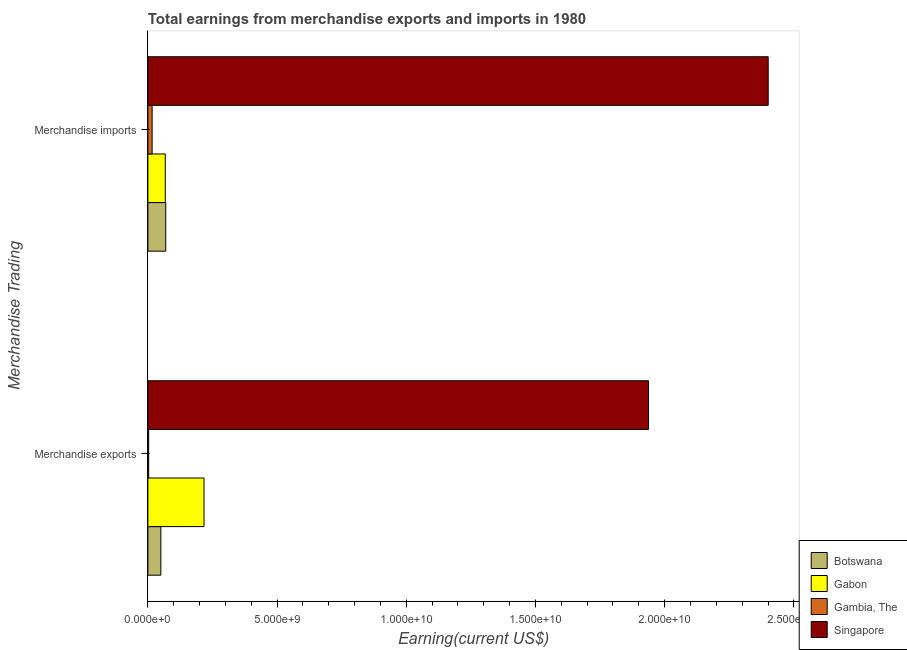
| Merchandise Trading | Botswana | Gabon | Gambia, The | Singapore |
 | --- | --- | --- | --- | --- |
 | Merchandise exports | 5.02e+08 | 2.17e+09 | 3.1e+07 | 1.94e+10 |
 | Merchandise imports | 6.92e+08 | 6.74e+08 | 1.65e+08 | 2.4e+10 |